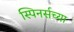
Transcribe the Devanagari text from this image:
स्पिनर्सच्या